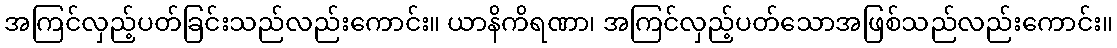
အကြင်လှည့်ပတ်ခြင်းသည်လည်းကောင်း။ ယာနိကိရဏာ၊ အကြင်လှည့်ပတ်သောအဖြစ်သည်လည်းကောင်း။